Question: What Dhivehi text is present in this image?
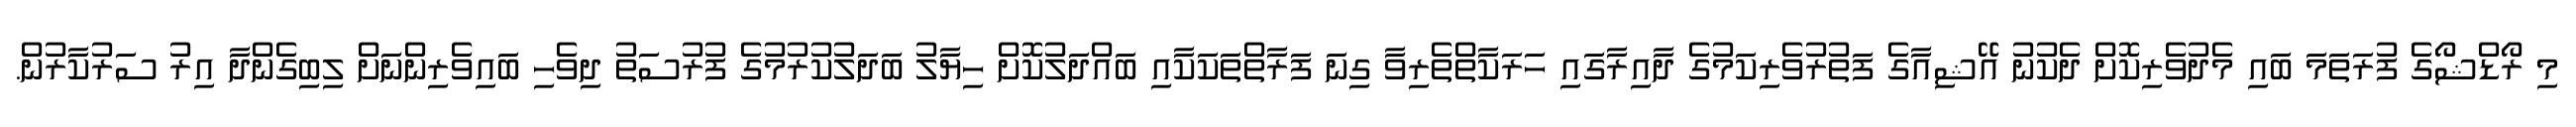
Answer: މި ރޯޑްޝޯގެ ފުރަތަމަ ބައި މެދުވެރިކޮށް ދެކުނު އޭޝިއާގެ ފަތުރުވެރިކަމުގެ ދާއިރާގައި ހަރަކާތްތެރިވާ ގިނަ ފަރާތްތަކަކާއި ބައްދަލުކޮށް ހިޔާލު ބަދަލުކުރުމުގެ ފުރުސަތު ދިވެހި ބައިވެރިންނަށް ލިބިގެންދާ އިރު ސަރުކާރުން.